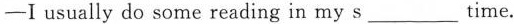
— I usually do some reading in my s ___ time.